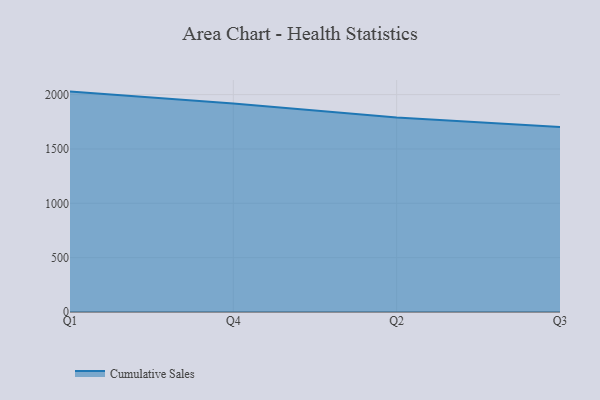
{"axis": {"x": "Quarter", "y": "Net Income (USD K)"}, "legend": ["Cumulative Sales"], "data": [{"x": "Q1", "y": 2027.8, "type": "Cumulative Sales"}, {"x": "Q4", "y": 1917.8, "type": "Cumulative Sales"}, {"x": "Q2", "y": 1788.8, "type": "Cumulative Sales"}, {"x": "Q3", "y": 1701.1, "type": "Cumulative Sales"}]}